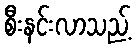
စီးနင်းလာသည့်